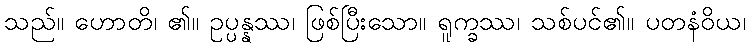
သည်။ ဟောတိ၊ ၏။ ဥပ္ပန္နဿ၊ ဖြစ်ပြီးသော။ ရူက္ခဿ၊ သစ်ပင်၏။ ပတနံဝိယ၊